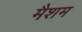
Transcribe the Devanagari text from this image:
मैशम